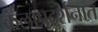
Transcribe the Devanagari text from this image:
कलाप्रदर्शनात